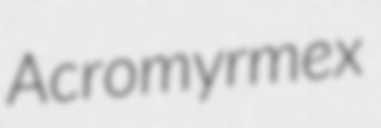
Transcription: Acromyrmex